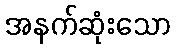
အနက်ဆုံးသော